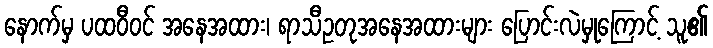
နောက်မှ ပထဝီဝင် အနေအထား၊ ရာသီဥတုအနေအထားများ ပြောင်းလဲမှုကြောင့် သူ၏